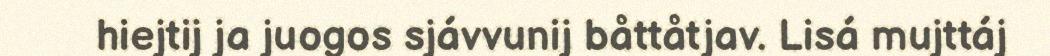
hiejtij ja juogos sjávvunij båttåtjav. Lisá mujttáj